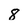
Character: 8